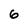
Character: 6